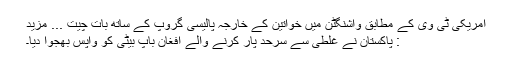
امریکی ٹی وی کے مطابق واشنگٹن میں خواتین کے خارجہ پالیسی گروپ کے ساتھ بات چیت ... مزید
: پاکستان نے غلطی سے سرحد پار کرنے والے افغان باپ بیٹی کو واپس بھجوا دیا۔